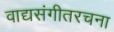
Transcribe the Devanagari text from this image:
वाद्यसंगीतरचना